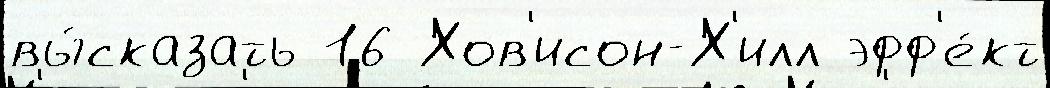
вы́сказать 16 Хов'исон-Х'илл эфф'е́кт